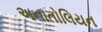
અનાતોલિયન